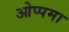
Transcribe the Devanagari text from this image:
ओप्पमा